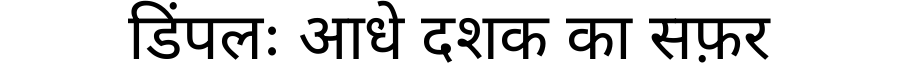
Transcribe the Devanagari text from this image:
डिंपलः आधे दशक का सफ़र